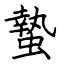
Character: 蟄